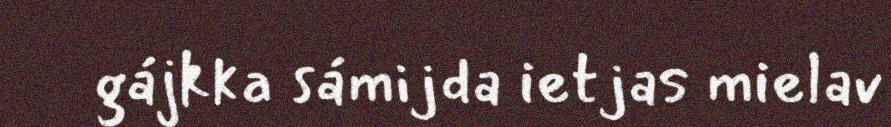
gájkka sámijda ietjas mielav